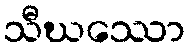
သီဃဿော